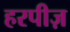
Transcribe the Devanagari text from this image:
हरपीज़